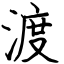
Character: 渡